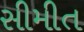
સીમીત